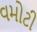
વમોટી